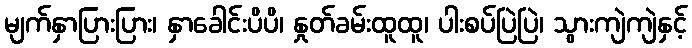
မျက်နှာပြားပြား၊ နှာခေါင်းပိပိ၊ နှုတ်ခမ်းထူထူ၊ ပါးစပ်ပြဲပြဲ၊ သွားကျဲကျဲနှင့်